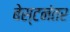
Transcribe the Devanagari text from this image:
बेस्टनंतर